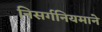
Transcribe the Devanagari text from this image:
निसर्गनियमाने